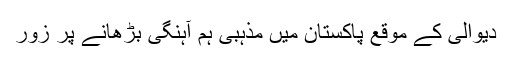
دیوالی کے موقع پاکستان میں مذہبی ہم آہنگی بڑھانے پر زور